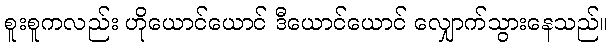
စူးစူကလည်း ဟိုယောင်ယောင် ဒီယောင်ယောင် လျှောက်သွားနေသည်။